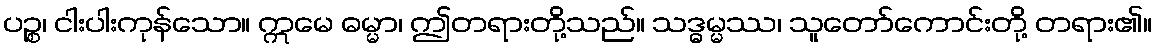
ပဉ္စ၊ ငါးပါးကုန်သော။ ဣမေ ဓမ္မာ၊ ဤတရားတို့သည်။ သဒ္ဓမ္မဿ၊ သူတော်ကောင်းတို့ တရား၏။